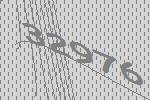
32976